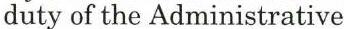
duty of the Administrative